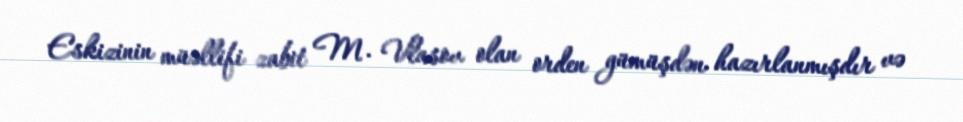
Eskizinin müəllifi zabit M. Vlasov olan orden gümüşdən hazırlanmışdır və